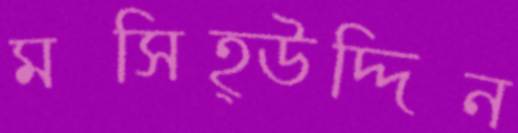
মসিহ্উদ্দিন